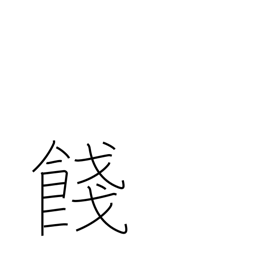
Meaning: farewell gift